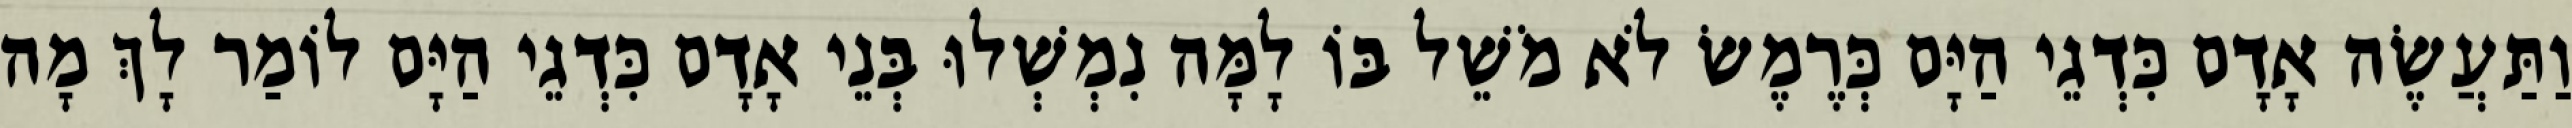
וַתַּעֲשֶׂה אָדָם כִּדְגֵי הַיָּם כְּרֶמֶשׂ לֹא מֹשֵׁל בּוֹ לָמָּה נִמְשְׁלוּ בְּנֵי אָדָם כִּדְגֵי הַיָּם לוֹמַר לָךְ מָה